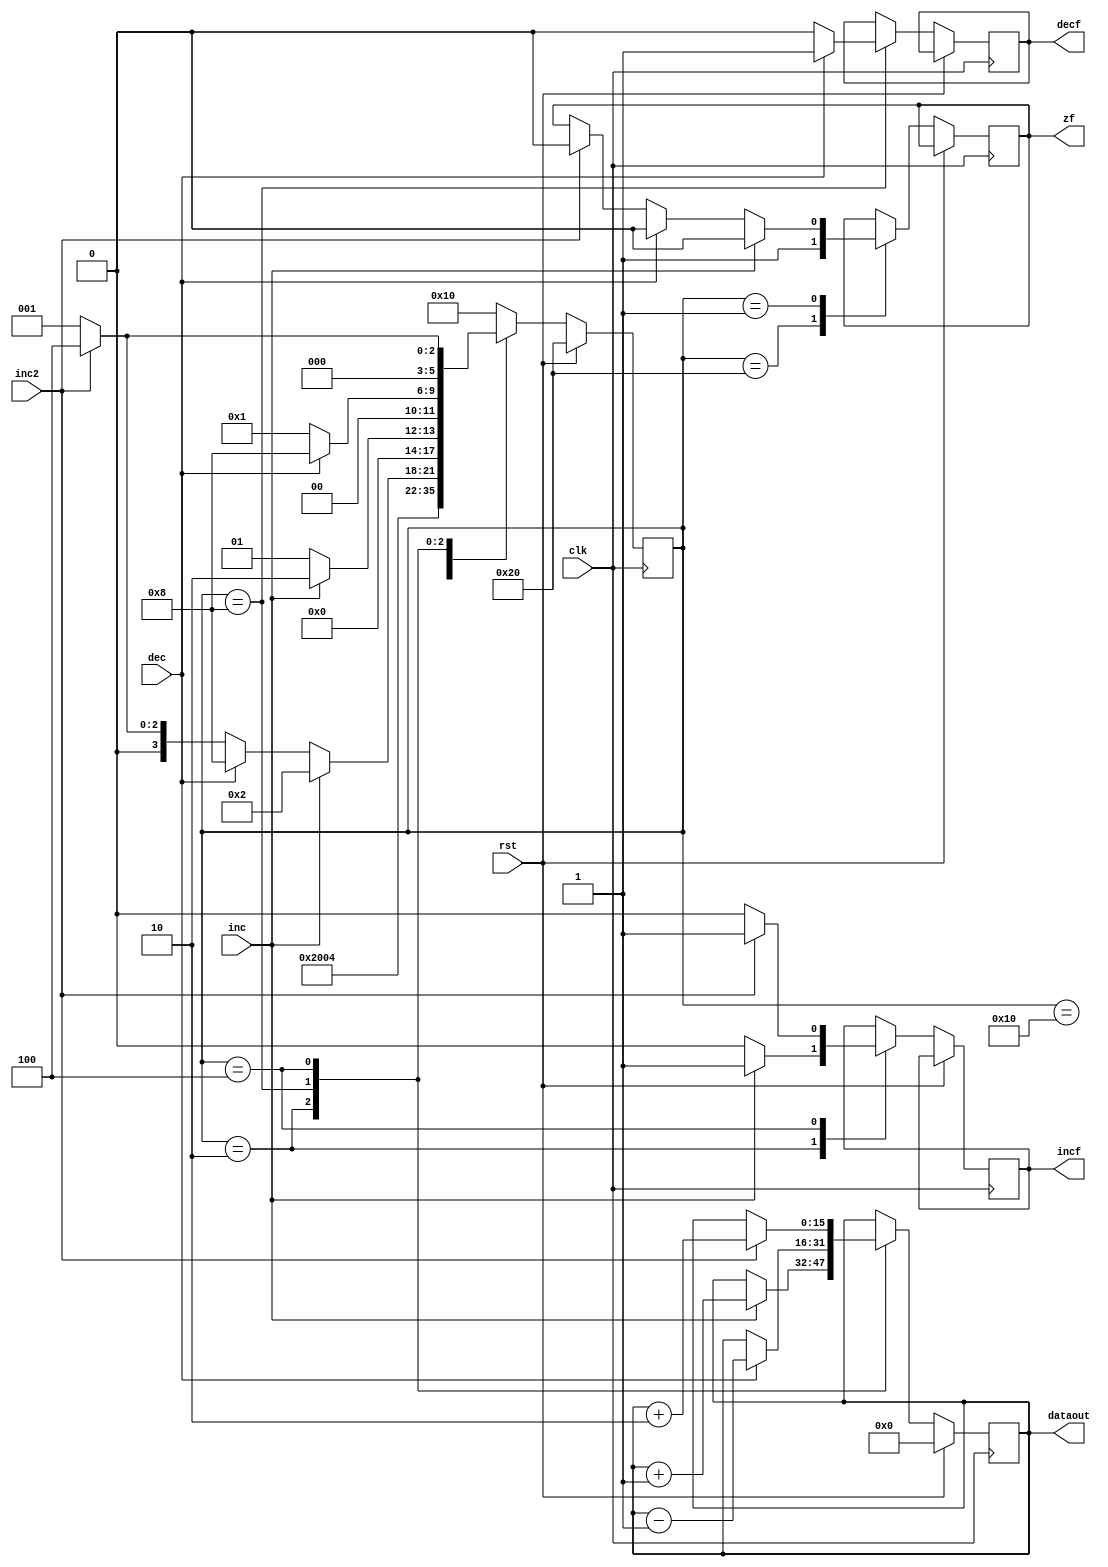
module Machine(
input clk, rst, inc, dec, inc2, //these are implemented with on/off slide switches
output reg decf,incf,zf,
output [15:0]dataout
    );
parameter S_idle = 6'b000_001, 
          S_inc = 6'b000_010, 
			 S_inc2 = 6'b000_100, 
			 S_dec=6'b001_000,
			 Error=6'b010_000,
			 Reset=6'b100_000;
reg [15:0] A;
reg [5:0] State;
assign dataout = A;

always @ (posedge clk) begin
	if(rst) begin
		State <= Reset;
		A<=16'd0;
	end
	else begin
		case (State)
			
			Error: begin
				State <= Reset;
								
			end
			
			Reset: begin
				State <= S_idle;
				zf<=1'b1; //reset asserts a zero flag
			end
			//Idle state does nothing but redirects to each mode
			S_idle: begin
						if(inc == 1'b1) begin State <= S_inc; zf<=1'b0; end else 
						if(dec == 1'b1) begin State <= S_dec; zf<=1'b0; end else			
						if(inc2 == 1'b1) begin State <= S_inc2; zf<=1'b0; end
						else State <= S_idle;
					end
			//S_inc is the state were increment by 1 is happening and assertion of an increment flag
			S_inc:begin 
			         if (inc) begin  A<=A+1'b1; State <= S_inc; incf<=1'b1; end
						else begin State <= S_idle; incf<=1'b0; end
					end
			//S_dec is the state were decrement by 1 is happening and assertion of a decrement flag		
			S_dec:begin 
			         if (dec) begin  A<=A-1'b1; State <= S_dec; decf<=1'b1; end
						else begin State <= S_idle; decf<=1'b0; end
					end
			//S_inc2 is the state were increment by 2 is happening
			S_inc2:begin 
			         if (inc2) begin  A<=A+2'b10; State <= S_inc2; incf<=1'b1; end
						else begin State <= S_idle; incf<=1'b0; end
					end
			default: begin State <= Error; end 
endcase
end
end

endmodule